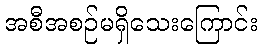
အစီအစဉ်မရှိသေးကြောင်း